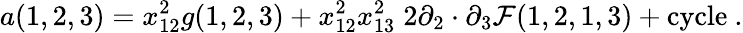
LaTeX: a(1,2,3)=x_{12}^{2}g(1,2,3)+x_{12}^{2}x_{13}^{2}\; 2\partial_{2}\cdot\partial_{3}\mathcal{F}(1,2,1,3)+\mathrm{{cycle}}\ .